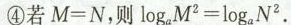
④若$$M = N$$，则$$log _ { a } M ^ { 2 } = log _ { a }N ^ { 2 }$$。